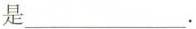
是___.